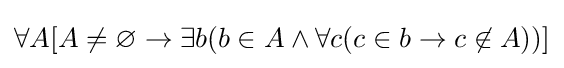
\forall A[A\not =\varnothing \rightarrow \exists b(b\in A\land \forall c(c\in b\rightarrow c\not \in A))]